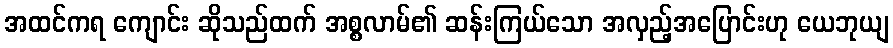
အထင်ကရ ကျောင်း ဆိုသည်ထက် အစ္စလာမ်၏ ဆန်းကြယ်သော အလှည့်အပြောင်းဟု ယေဘုယျ